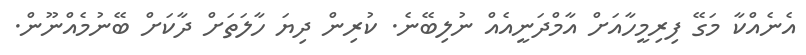
އެނެއްކާ މަގޭ ފިރިމީހާއަށް އާމްދަނީއެއް ނުލިބޭނެ. ކުރިން ދިޔަ ހާލަތަށް ދާކަށް ބޭނުމެއްނޫން.